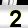
Digit: 2